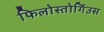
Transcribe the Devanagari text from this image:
फिलोस्तोर्गिउस